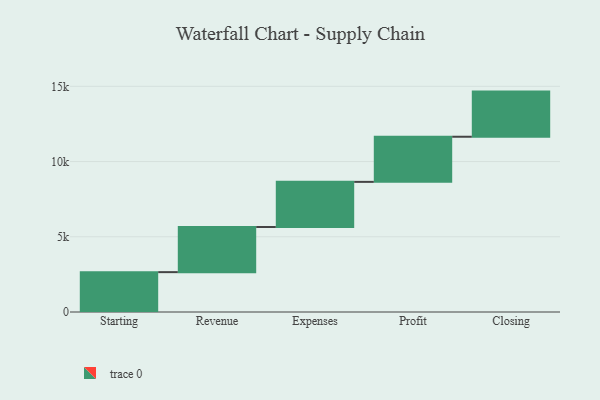
{"axis": {"x": "Step", "y": "Value"}, "legend": [""], "data": [{"x": "Starting", "y": 2649.0, "type": ""}, {"x": "Revenue", "y": 3000, "type": ""}, {"x": "Expenses", "y": 3000, "type": ""}, {"x": "Profit", "y": 3000, "type": ""}, {"x": "Closing", "y": 3000, "type": ""}]}